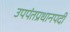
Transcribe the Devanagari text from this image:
उपपंतप्रधानपदी